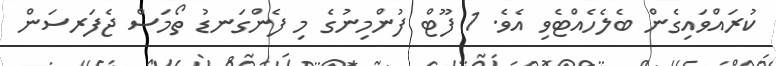
ކުރައްވައިގެން ބެލެހެއްޓެވި އެވެ. 1 ފޫޓް ފުންމިނުގެ މި ފެންގަނޑު ތޯމަސް ޖެފަރސަން